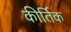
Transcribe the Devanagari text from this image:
कीर्तिक